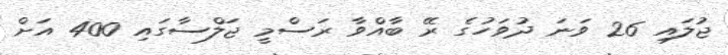
ޖުލައި 26 ވަނަ ދުވަހުގެ ރޭ ބާއްވާ ރަސްމީ ޖަލްސާގައި 400 އަށް